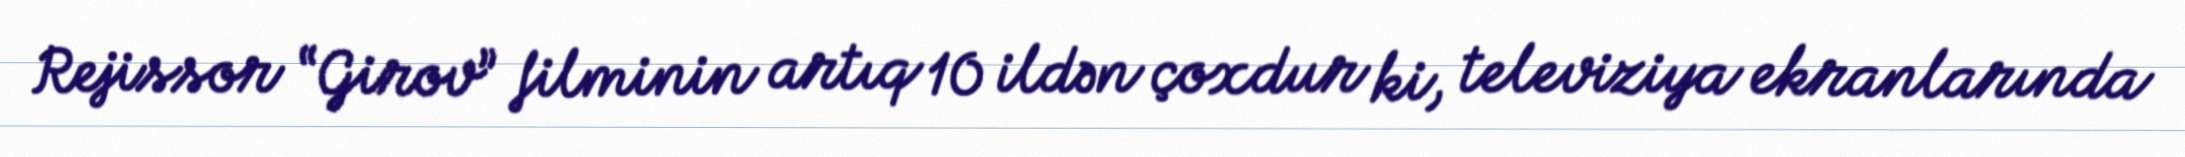
Rejissor “Girov” filminin artıq 10 ildən çoxdur ki, televiziya ekranlarında